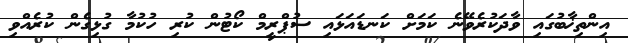
އިންތިޚާބުގައި ވާދަކުރެވޭނެ ކަމަށް ކަނޑައަޅައި ސުޕްރީމް ކޯޓުން ކުރި ހުކުމާ ގުޅިގެން ކުރެއްވި